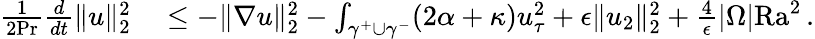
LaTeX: \begin{array}{rl}{\frac{1}{2\mathrm{{Pr}}}\frac{d}{dt}\| u\| _{2}^{2}}&{{}\leq-\| \nabla u\| _{2}^{2}-\int_{\gamma^{+}\cup\gamma^{-}}(2\alpha+\kappa)u_{\tau}^{2}+\epsilon\| u_{2}\| _{2}^{2}+\frac{4}{\epsilon}|\Omega|\mathrm{{Ra}}^{2}\, .}\end{array}